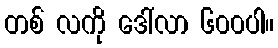
တစ် လကို ဒေါ်လာ ၆၀၀ပါ။